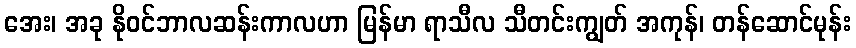
အေး၊ အခု နိုဝင်ဘာလဆန်းကာလဟာ မြန်မာ ရာသီလ သီတင်းကျွတ် အကုန်၊ တန်ဆောင်မုန်း